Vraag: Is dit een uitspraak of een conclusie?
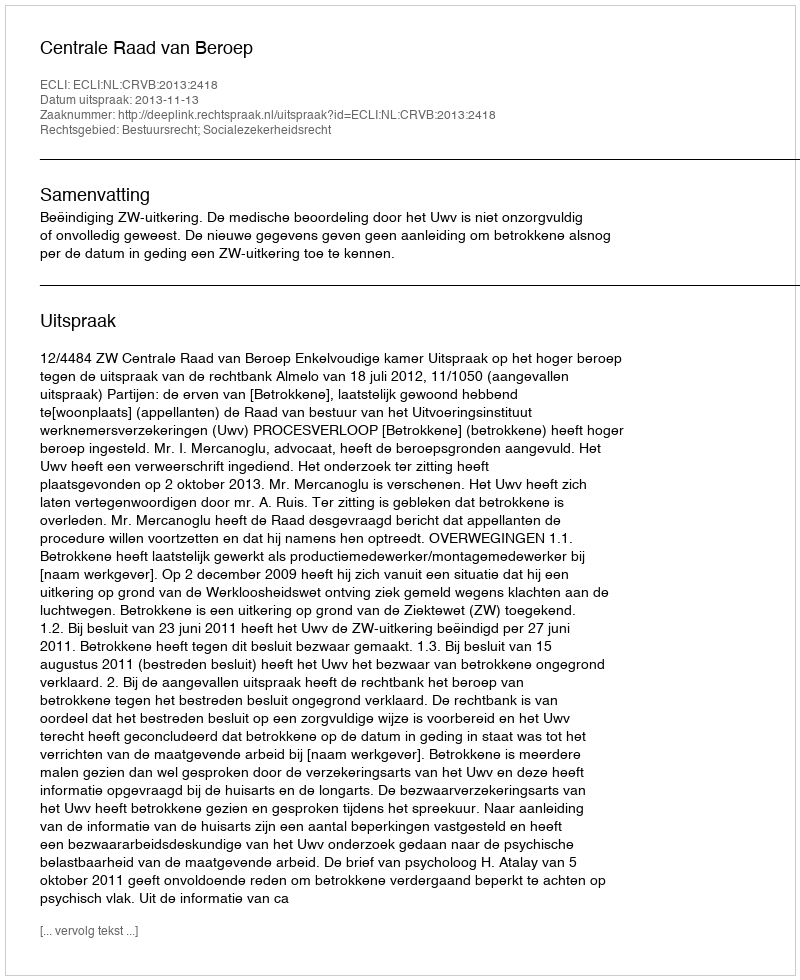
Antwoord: Uitspraak